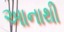
અાનાથી